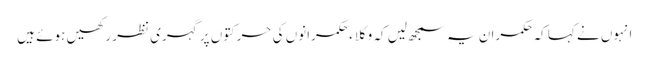
انہوں نے کہا کہ حکمران یہ سمجھ لیں کہ وکلاء حکمرانوں کی حرکتوں پر گہری نظر رکھیں ہوئے ہیں